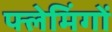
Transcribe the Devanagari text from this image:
फ्लेमिंगों